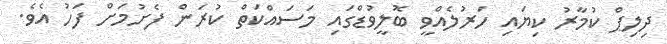
ދިލިޕް ކުމާރު ކިޔައި ހަރުލެއްވީ ބޮލީވުޑްގައި މަސައްކަތް ކުރަން ފެށުމަށް ފަހު އެވެ.